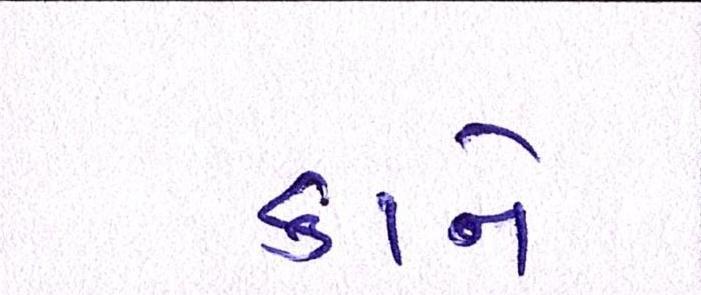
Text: કાને